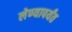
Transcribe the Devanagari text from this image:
लेण्यापर्यंत